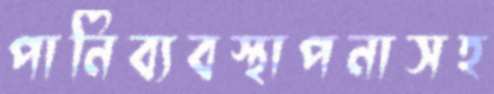
পানিব্যবস্থাপনাসহ